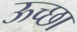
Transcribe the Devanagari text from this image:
ऊच्छा